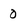
Character: O